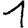
Digit: 1